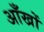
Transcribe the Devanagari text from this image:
अाँखों